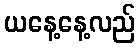
ယနေ့နေ့လည်